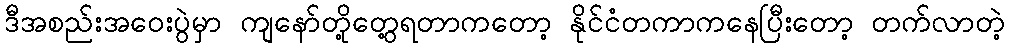
ဒီအစည်းအဝေးပွဲမှာ ကျနော်တို့တွေ့ရတာကတော့ နိုင်ငံတကာကနေပြီးတော့ တက်လာတဲ့